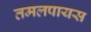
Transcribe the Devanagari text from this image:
तमलपायस